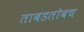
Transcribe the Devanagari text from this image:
ताबडतोबच